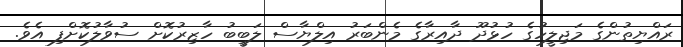
ރައްޔިތުންގެ މަޖިލީހުގެ ހުޅުދޫ ދާއިރާގެ މެންބަރު އިލްޔާސް ލަބީބު ހާޒިރުކޮށް ސުވާލުކޮށްފި އެވެ.